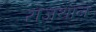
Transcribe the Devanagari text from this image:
राजथान